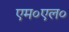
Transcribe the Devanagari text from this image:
एम०एल०